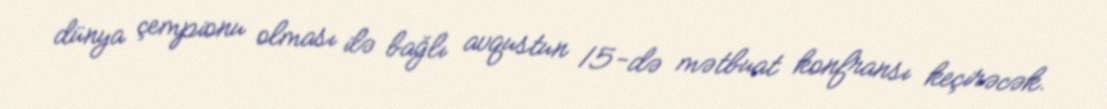
dünya çempionu olması ilə bağlı avqustun 15-də mətbuat konfransı keçirəcək.